Black-water fever - Number 35
Disease focus: Fever
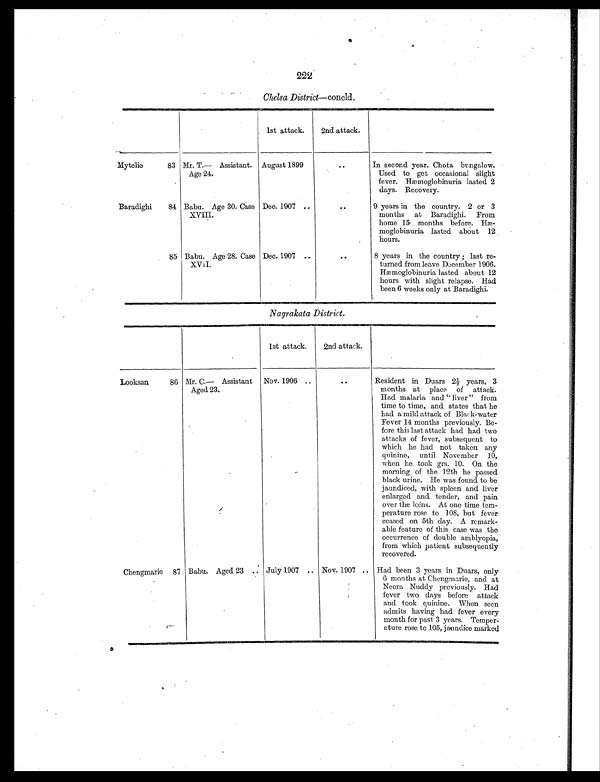
222
Chelsa District—concld.
1st attack.
2nd attack.
Mytelie
83 Mr. T.— Assistant.
Age 24.
August 1899
..
In second year. Chota bungalow.
Used to get occasional slight
fever. Hæmoglobinuria lasted 2
days. Recovery.
Baradighi
84 Babu. Age 30. Case
XVIII.
Dec. 1907
. .
. .
9 years in the country. 2 or 3
months at Baradighi. From
home 15 months before. Hæ-
moglobinuria lasted about 12
hours.
85 Babu. Age 28. Case
XVII.
Dec. 1907
. .
. .
8 years in the country ; last re-
turned from leave December 1906.
Hæmoglobinuria lasted about 12
hours with slight relapse. Had
been 6 weeks only at Baradighi.
Nagrakata District.
1st attack.
2nd attack.
Looksan
86 Mr. C.— Assistant
Aged 23.
Nov. 1906 ..
..
Resident in Duars 2½ years, 3
months at place of attack.
Had malaria and "liver" from
time to time, and states that he
had a mild attack of Black-water
Fever 14 months previously. Be-
fore this last attack had had two
attacks of fever, subsequent to
which he had not taken any
quinine, until November 10,
when he took grs. 10. On the
morning of the 12th he passed
black urine. He was found to be
jaundiced, with spleen and liver
enlarged and tender, and pain
over the loins. At one time tem-
perature rose to 108, but fever
ceased on 5th day. A remark-
able feature of this case was the
occurrence of double amblyopia,
from which patient subsequently
recovered.
Chengmarie 87 Babu. Aged 23 .. July 1907 .. Nov. 1907 .. Had been 3 years in Duars, only
6 months at Chengmarie, and at
Neora Nuddy previously. Had
fever two days before attack
and took quinine. When seen
admits having had fever every
month for past 3 years. Temper-
ature rose to 105, jaundice marked